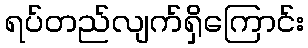
ရပ်တည်လျက်ရှိကြောင်း